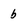
Character: b